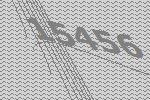
15456